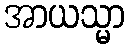
အာယသ္မာ